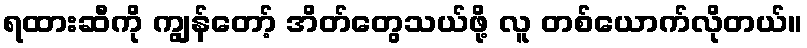
ရထားဆီကို ကျွန်တော့် အိတ်တွေသယ်ဖို့ လူ တစ်ယောက်လိုတယ်။